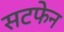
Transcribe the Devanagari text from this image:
सटफेन